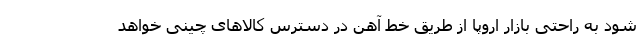
شود به راحتی بازار اروپا از طریق خط آهن در دسترس کالاهای چینی خواهد